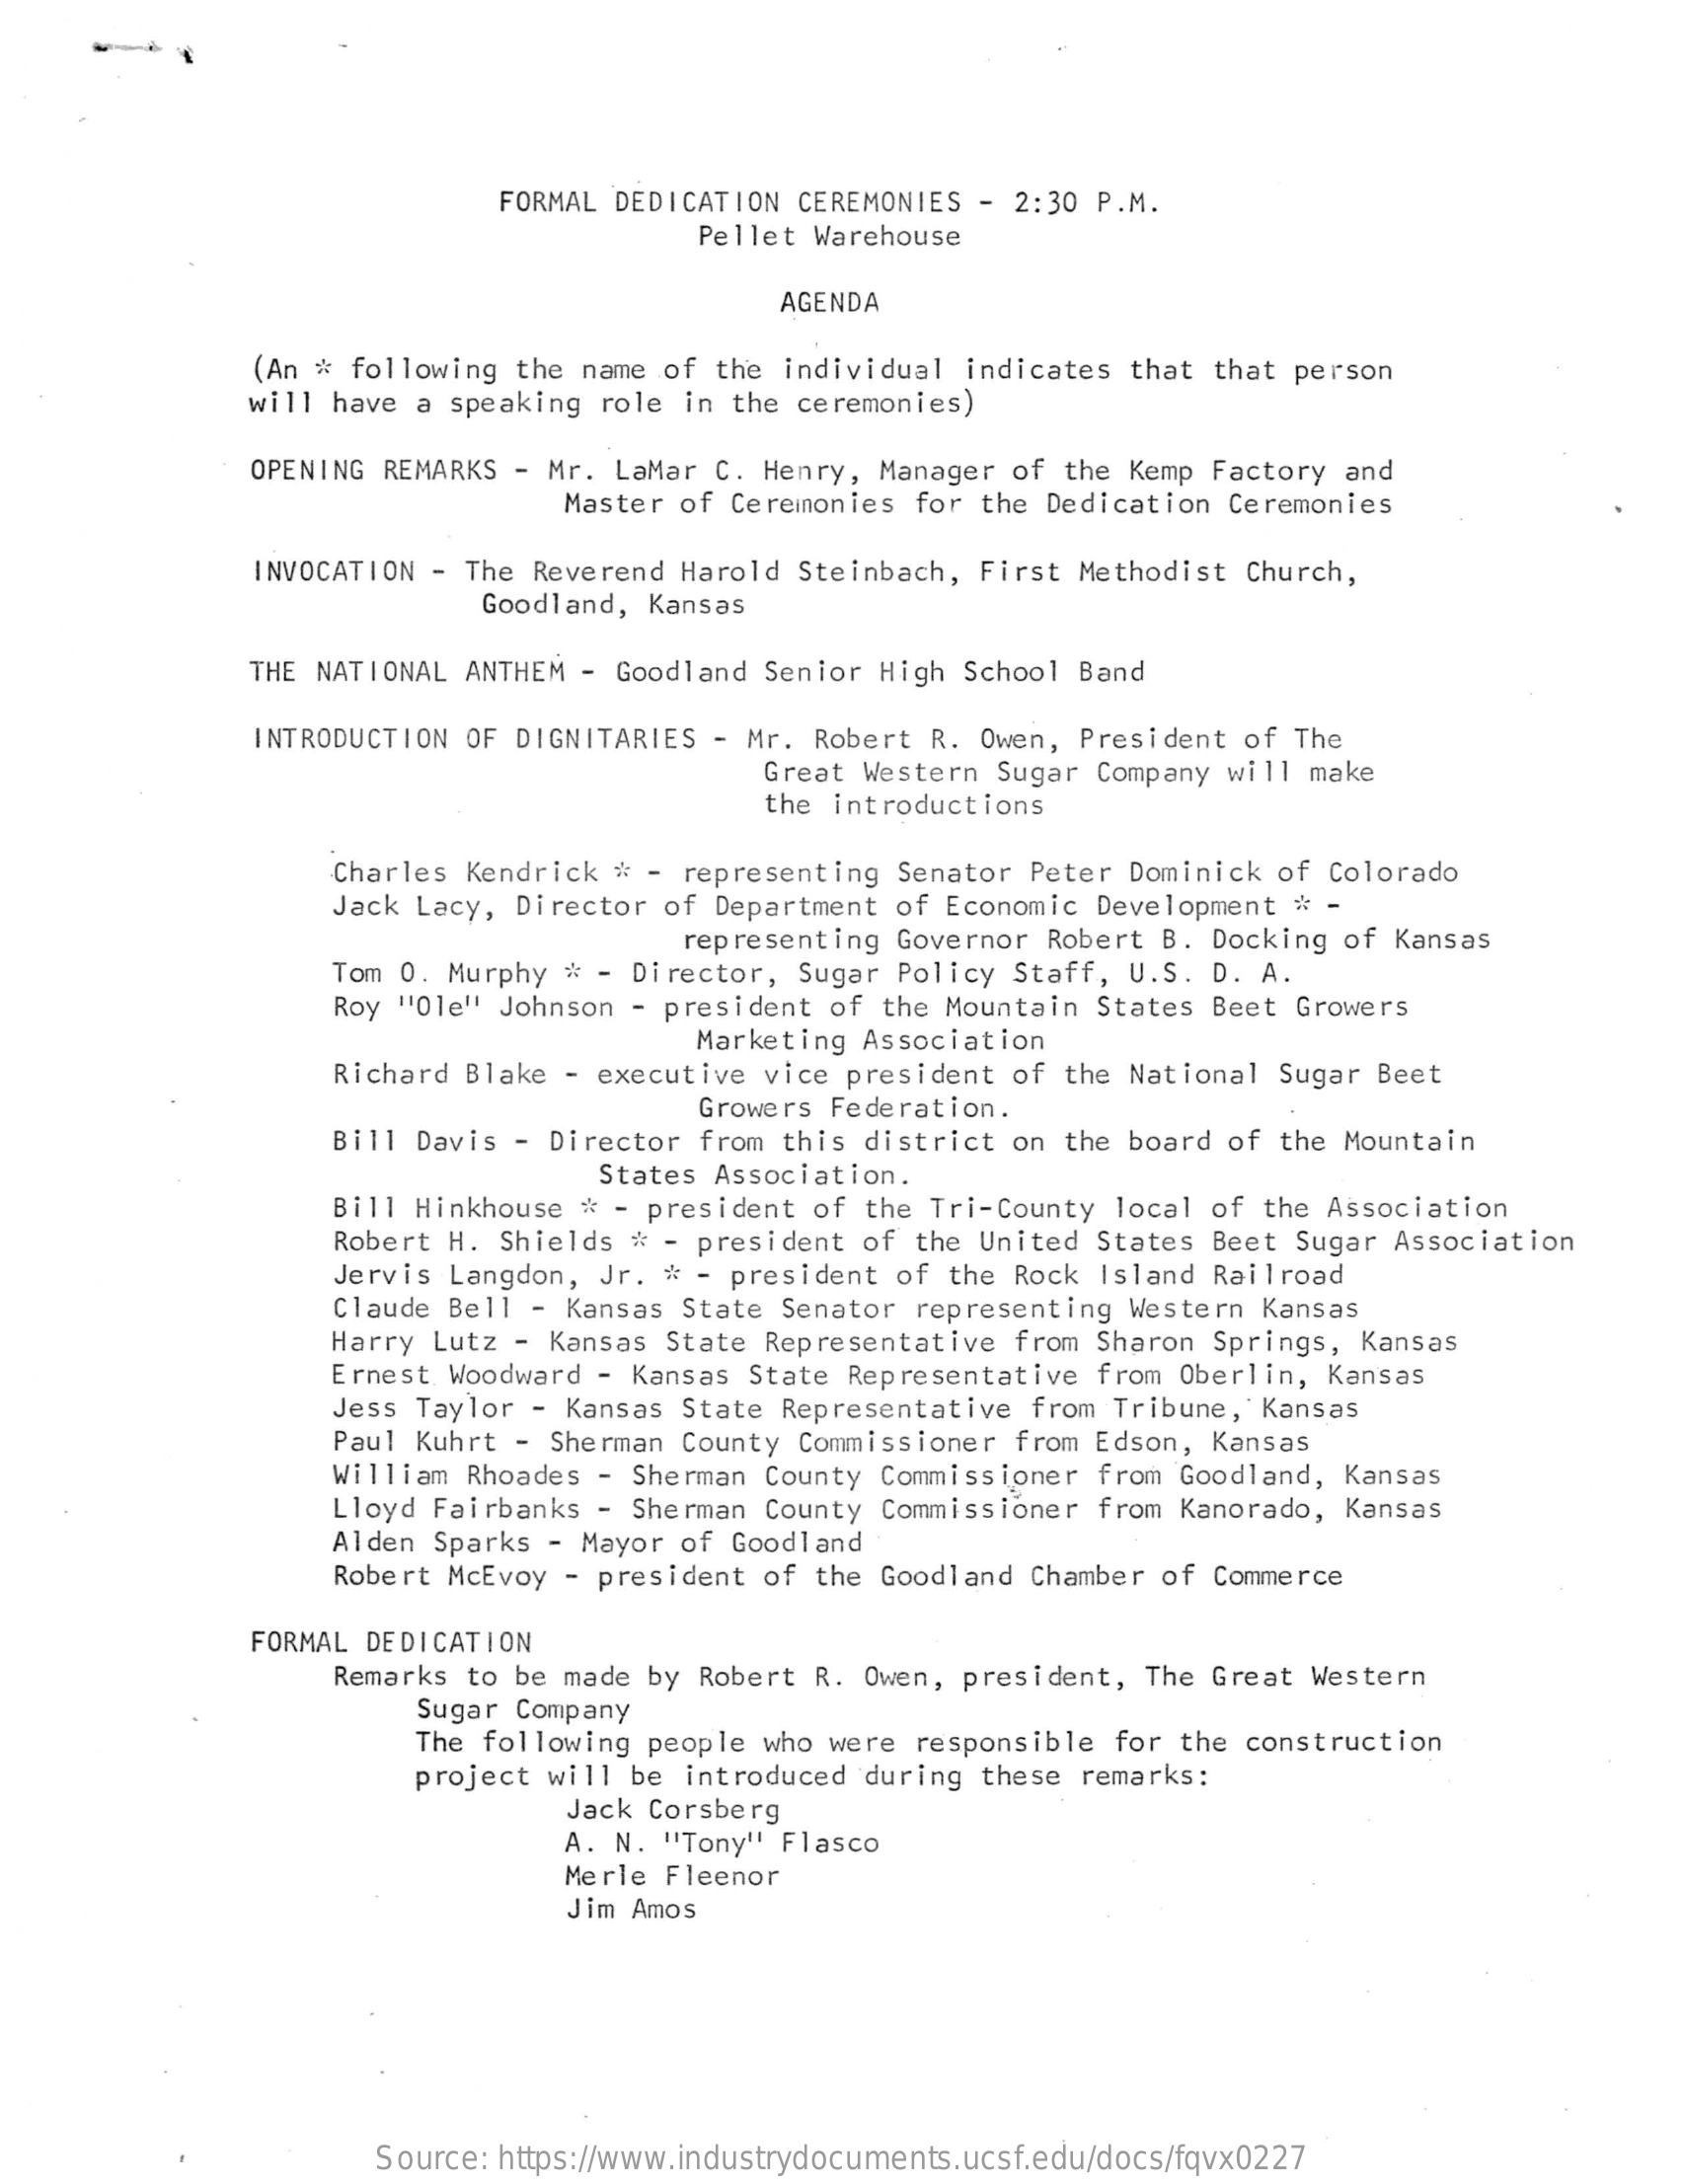
FORMAL DEDICATION CEREMONIES - 2:30 P.M.
     Pellet Warehouse
     AGENDA
     (An # following the name of the individual indicates that that person
     will have a speaking role in the ceremonies)
     OPENING REMARKS - Mr. LaMar C. Henry, Manager of the Kemp Factory and
     Master of Ceremonies for the Dedication Ceremonies
     INVOCATION - The Reverend Harold Steinbach, First Methodist Church,
     Goodland, Kansas
     THE NATIONAL ANTHEM - Goodland Senior High School Band
     INTRODUCTION OF DIGNITARIES - Mr. Robert R. Owen, President of The
     Great Western Sugar Company will make
     the introductions
     Charles Kendrick # - representing Senator Peter Dominick of Colorado
     Jack Lacy, Director of Department of Economic Development # -
     representing Governor Robert B. Docking of Kansas
     Tom 0. Murphy # - Director, Sugar Policy Staff, U.S. D. A.
     Roy "Ole" Johnson - president of the Mountain States Beet Growers
     Marketing Association
     Richard Blake - executive vice president of the National Sugar Beet
     Growers Federation.
     Bill Davis - Director from this district on the board of the Mountain
     States Association.
     Bill Hinkhouse * - president of the Tri-County local of the Association
     Robert H. Shields * - president of the United States Beet Sugar Association
     Jervis Langdon, Jr. * - president of the Rock Island Railroad
     Claude Bell - Kansas State Senator representing Western Kansas
     Harry Lutz - Kansas State Representative from Sharon Springs, Kansas
     Ernest Woodward - Kansas State Representative from Oberlin, Kansas
     Jess Taylor - Kansas State Representative from Tribune, Kansas
     Paul Kuhrt - Sherman County Commissioner from Edson, Kansas
     William Rhoades - Sherman County Commissioner from Goodland, Kansas
     Lloyd Fairbanks - Sherman County Commissioner from Kanorado, Kansas
     Alden Sparks - Mayor of Goodland
     Robert McEvoy - president of the Goodland Chamber of Commerce
     FORMAL DEDICATION
     Remarks to be made by Robert R. Owen, president, The Great Western
     Sugar Company
     The following people who were responsible for the construction
     project will be introduced during these remarks:
     Jack Corsberg
     A. N. "Tony" Flasco
     Merle Fleenor
     Jim Amos
     Source: https://www.industrydocuments.ucsf.edu/docs/fqvx0227